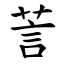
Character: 䓂